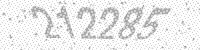
Solution: 212285